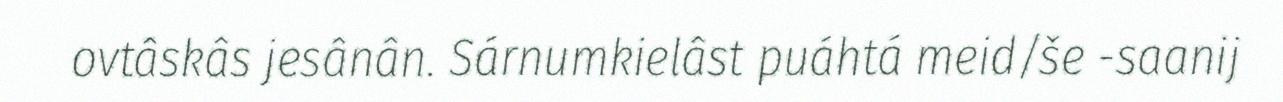
ovtâskâs jesânân. Sárnumkielâst puáhtá meid/še -saanij